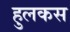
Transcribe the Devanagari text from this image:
हुलकस